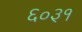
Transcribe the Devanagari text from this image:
६०३१